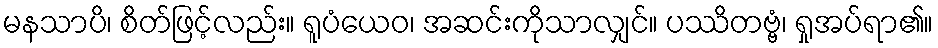
မနသာပိ၊ စိတ်ဖြင့်လည်း။ ရူပံယေဝ၊ အဆင်းကိုသာလျှင်။ ပဿိတဗ္ဗံ၊ ရှုအပ်ရာ၏။